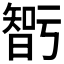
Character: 𭧝